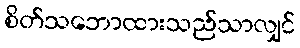
စိတ်သဘောထားသည်သာလျှင်